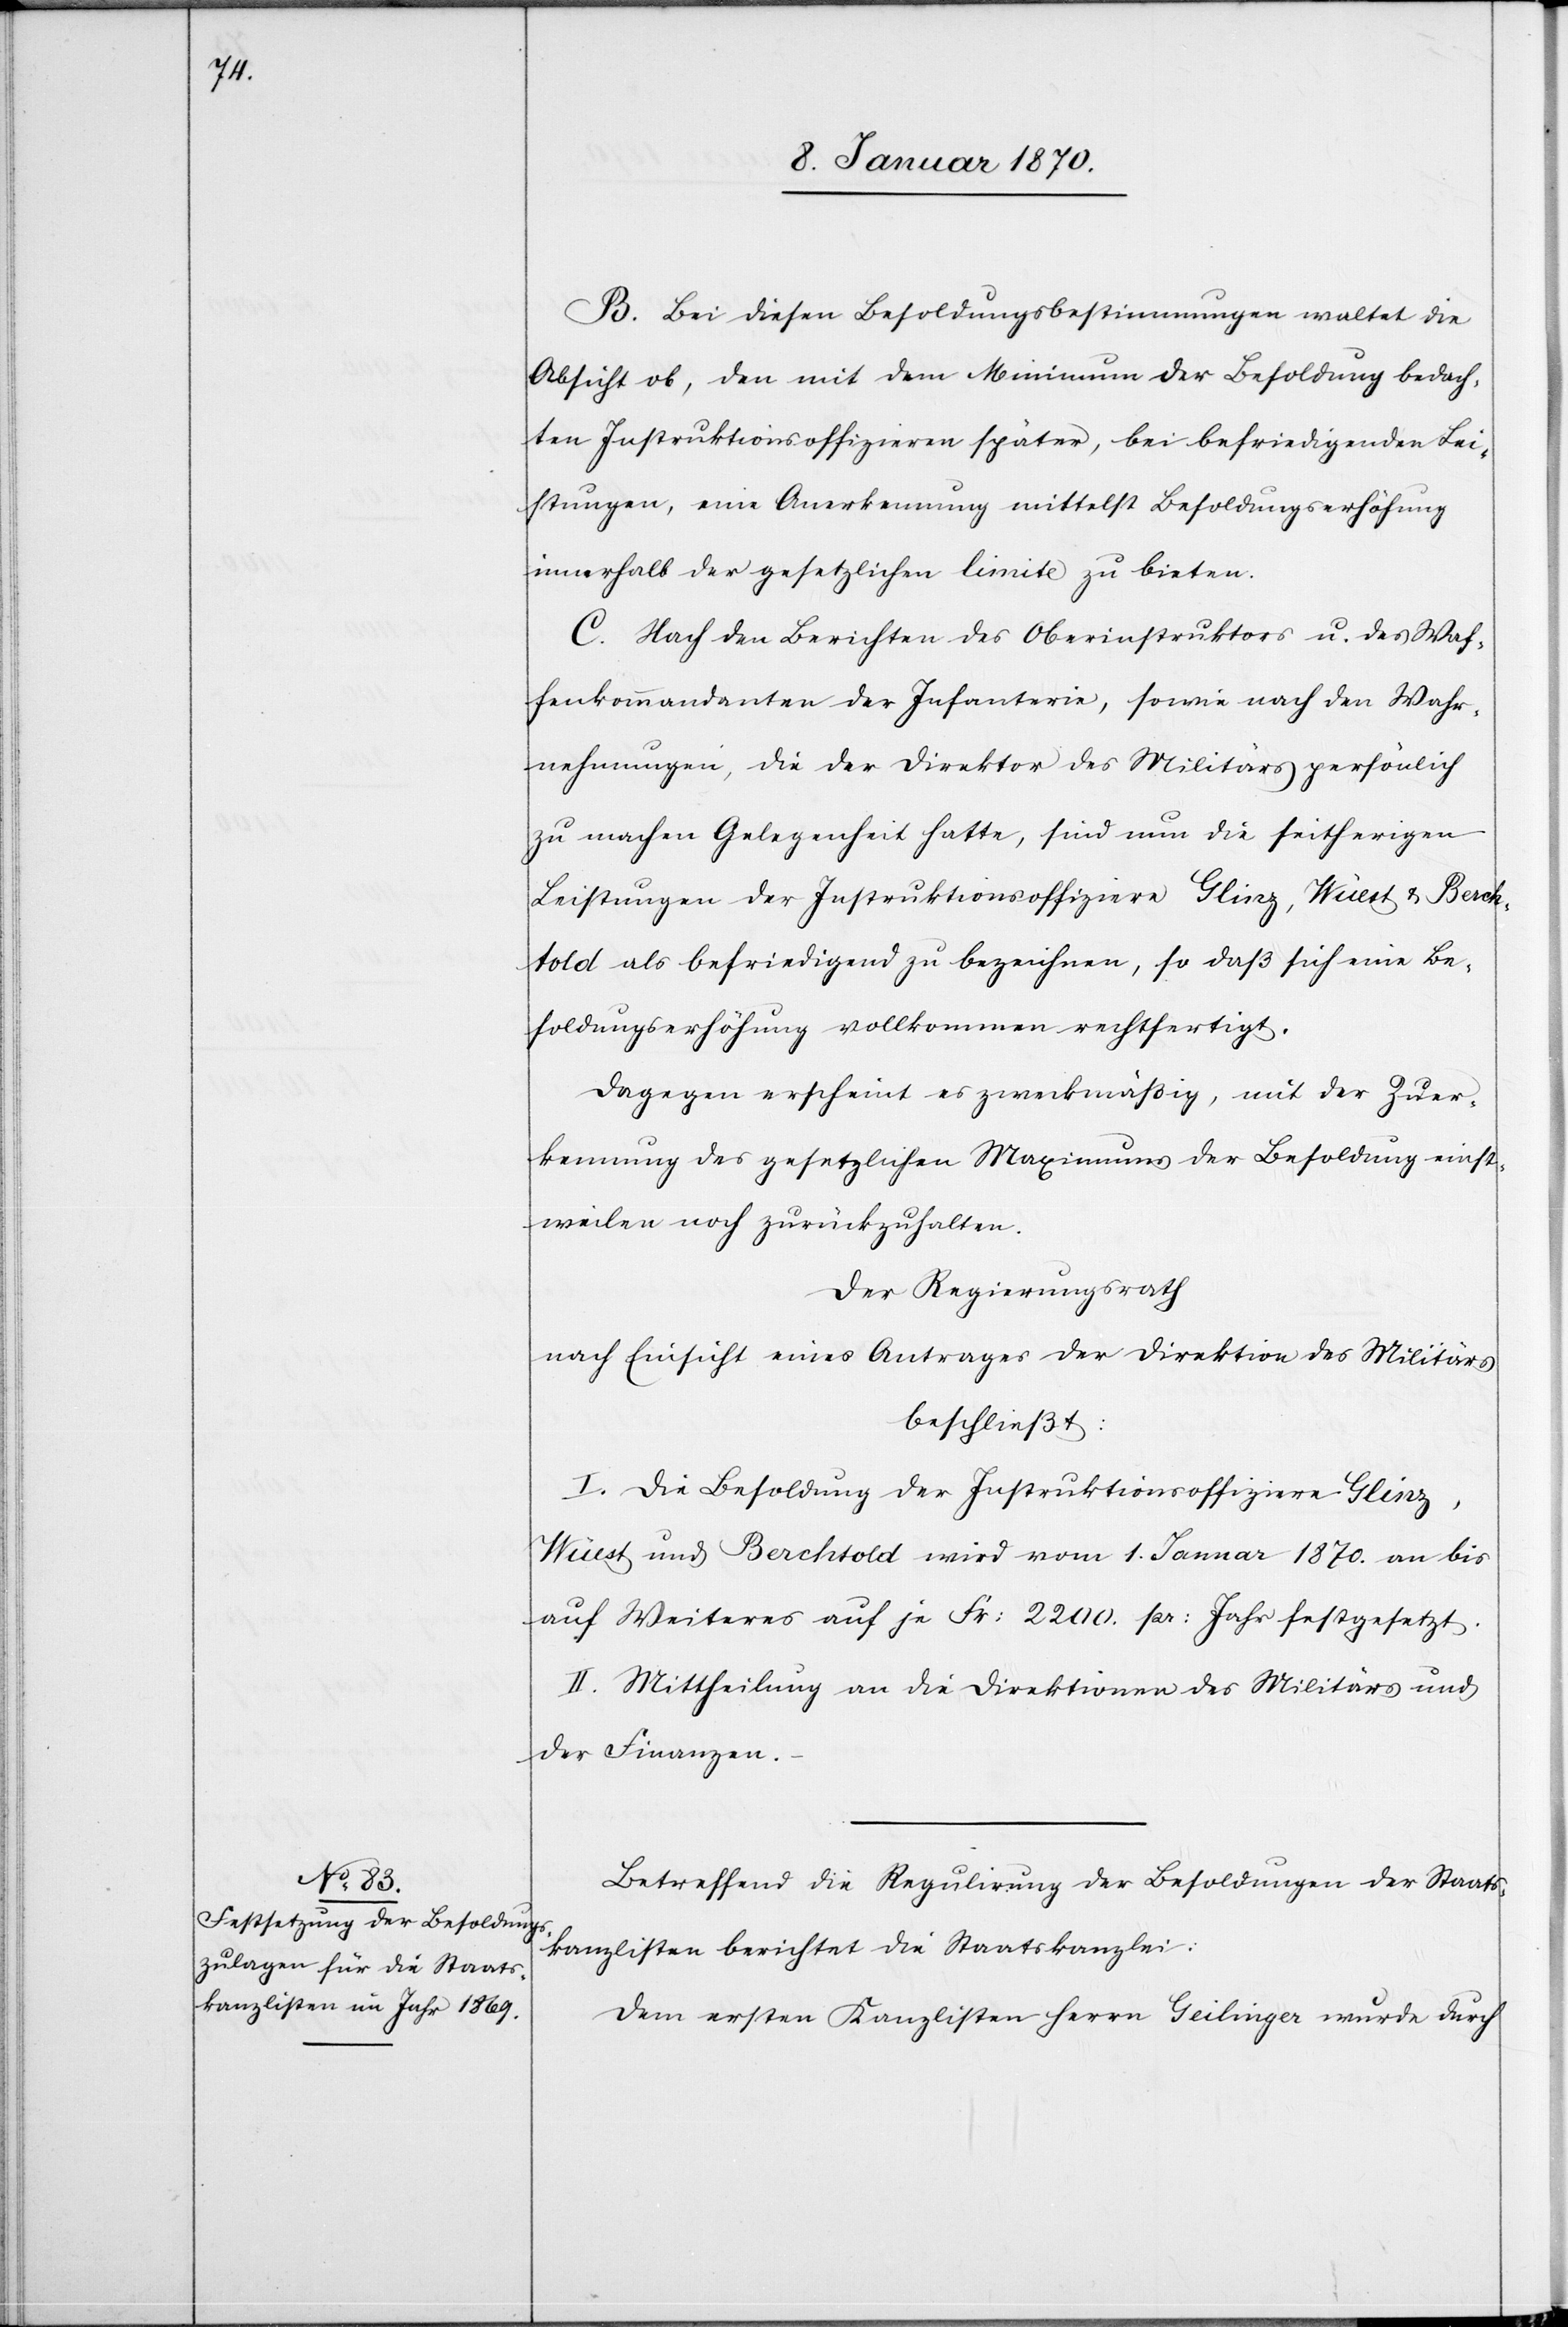
B. Bei diesen Besoldungsbestimmungen waltet die
Absicht ob, den mit dem Minimum der Besoldung bedach¬
ten Instruktionsoffizieren später, bei befriedigenden Lei¬
stungen, eine Anerkennung mittelst Besoldungserhöhung
innerhalb der gesetzlichen limite zu bieten.
C. Nach den Berichten des Oberinstruktors u. des Waf¬
fenkommandanten der Infanterie, sowie nach den Wahr¬
nehmungen, die der Direktor des Militärs persönlich
zu machen Gelegenheit hatte, sind nun die seitherigen
Leistungen der Instruktionsoffiziere Glinz, Wüest u. Berch¬
told als befriedigend zu bezeichnen, so daß sich eine Be¬
soldungserhöhung vollkommen rechtfertigt.
Dagegen erscheint es zweckmäßig, mit der Zuer¬
kennung des gesetzlichen Maximums der Besoldung einst¬
weilen noch zurückzuhalten.
Der Regierungsrath
nach Einsicht eines Antrages der Direktion des Militärs
beschließt:
I. Die Besoldung der Instruktionsoffiziere Glinz,
Wüest und Berchtold wird vom 1. Januar 1870. an bis
auf Weiteres auf je Fr: 2200. Pr: Jahr festgesetzt.
II. Mittheilung an die Direktionen des Militärs und
der Finanzen.
Betreffend die Regulirung der Besoldungen der Staats¬
kanzlisten berichtet die Staatskanzlei:
Dem ersten Kanzlisten Herrn Geilinger wurde durch